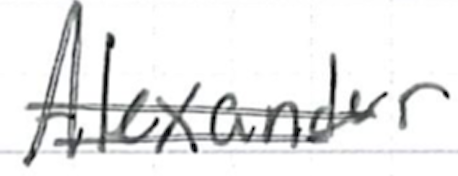
Text: Alexander
Cross-out: double-line
Writing tool: ballpoint